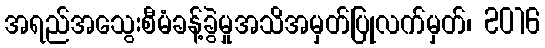
အရည်အသွေးစီမံခန့်ခွဲမှုအသိအမှတ်ပြုလက်မှတ်၊ 2016